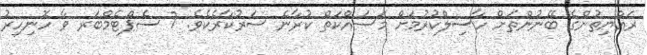
ރައްޔިތުންގެ ބޭނުންތަށް ހާސިލްކުރުމަށް މަސައްކަތް ކުރާނެ ސަރުކާރެކެވެ. 7 ސެޕްޓެމްބަރ ވާ ހޮނިހިރު